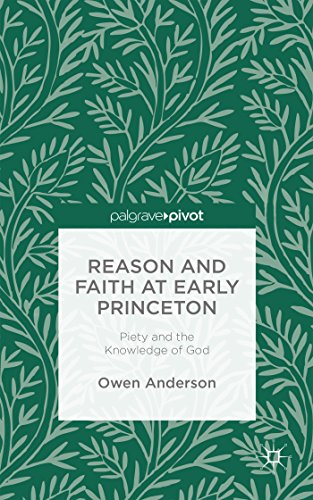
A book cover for Reason and Faith at Early Princeton: Piety and the Knowledge of God; Owen Anderson; Christian Books & Bibles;